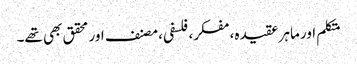
متکلم اور ماہر عقیدہ، مفکر، فلسفی، مصنف اور محقق بھی تھے۔